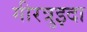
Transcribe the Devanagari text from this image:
गीरत्रुइदा